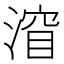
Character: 㴭